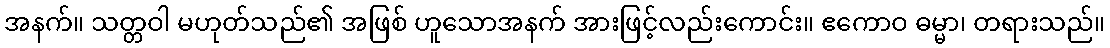
အနက်။ သတ္တဝါ မဟုတ်သည်၏ အဖြစ် ဟူသောအနက် အားဖြင့်လည်းကောင်း။ ဧကောဝ ဓမ္မာ၊ တရားသည်။